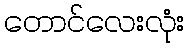
တောင်လေးလုံး